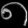
Digit: ၈